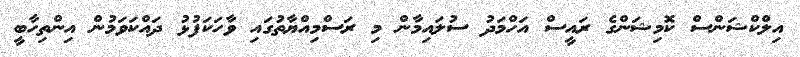
އިލްކްޝަންސް ކޮމިޝަންގެ ރައީސް އަހްމަދު ސުލައިމާން މި ރަސްމިއްޔާތުގައި ވާހަކަފުޅު ދައްކަވަމުން އިންތިހާބީ